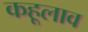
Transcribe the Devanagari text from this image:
कहूलाव